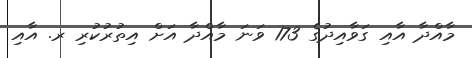
މާއްދާ އާއި ގަވާއިދުގެ 173 ވަނަ މާއްދާ އަށް އިތުރުކުރި ރ. އާއި